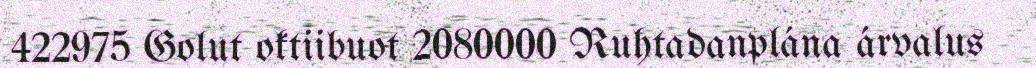
422975 Golut oktiibuot 2080000 Ruhtadanplána árvalus